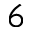
^ 6